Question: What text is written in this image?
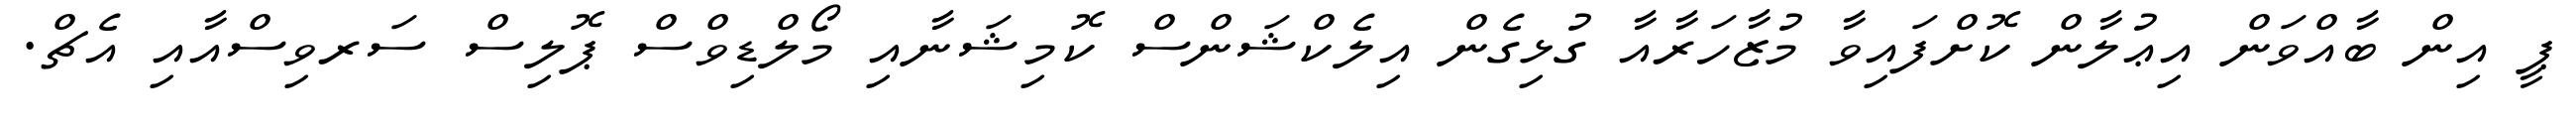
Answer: ޕީ އިން ބާއްވަން އިޢުލާން ކޮށްފައިވާ މުޒާހަރާއާ ގުޅިގެން އިލެކްޝަންސް ކޮމިޝަނާއި މޯލްޑިވްސް ޕޮލިސް ސަރވިސްއާއި އެޗް.